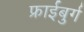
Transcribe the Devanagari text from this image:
फ्राईबुर्ग